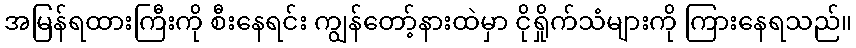
အမြန်ရထားကြီးကို စီးနေရင်း ကျွန်တော့်နားထဲမှာ ငိုရှိုက်သံများကို ကြားနေရသည်။